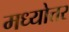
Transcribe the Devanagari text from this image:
मध्योत्तर